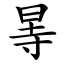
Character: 㫭